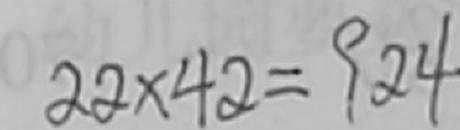
2 2 \times 4 2 = 9 2 4